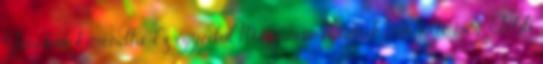
Juncker kimondta. Ez egyedül Magyarországnak nem érte meg. Több